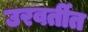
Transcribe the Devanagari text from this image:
उरवर्तीत